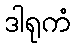
ဒါရုကံ